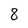
Character: 8